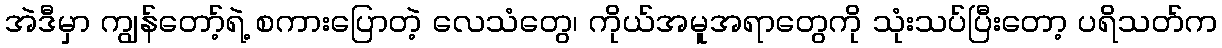
အဲဒီမှာ ကျွန်တော့်ရဲ့ စကားပြောတဲ့ လေသံတွေ၊ ကိုယ်အမူအရာတွေကို သုံးသပ်ပြီးတော့ ပရိသတ်က